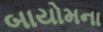
બાયોમના